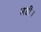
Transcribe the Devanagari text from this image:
लडीं।